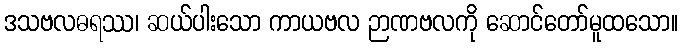
ဒသဗလဓရဿ၊ ဆယ်ပါးသော ကာယဗလ ဉာဏဗလကို ဆောင်တော်မူထသော။